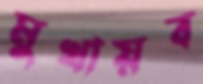
মুখায়ব